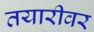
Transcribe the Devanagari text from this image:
तयारीवर